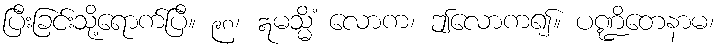
ပြီးခြင်းသို့ရောက်ပြီ။ ၉၈၊ ဣမသ္မိံ လောက၊ ဤလောက၍။ ပဏ္ဍိတေနာမ၊